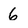
Character: 6